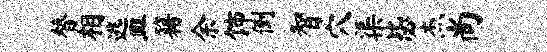
替相逃皿籍余饰倒智穴渠毖杰尚